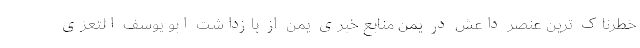
خطرناک ترین عنصر داعش در یمن منابع خبری یمن از بازداشت ابو یوسف التعزی